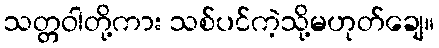
သတ္တဝါတို့ကား သစ်ပင်ကဲ့သို့မဟုတ်ချေ။